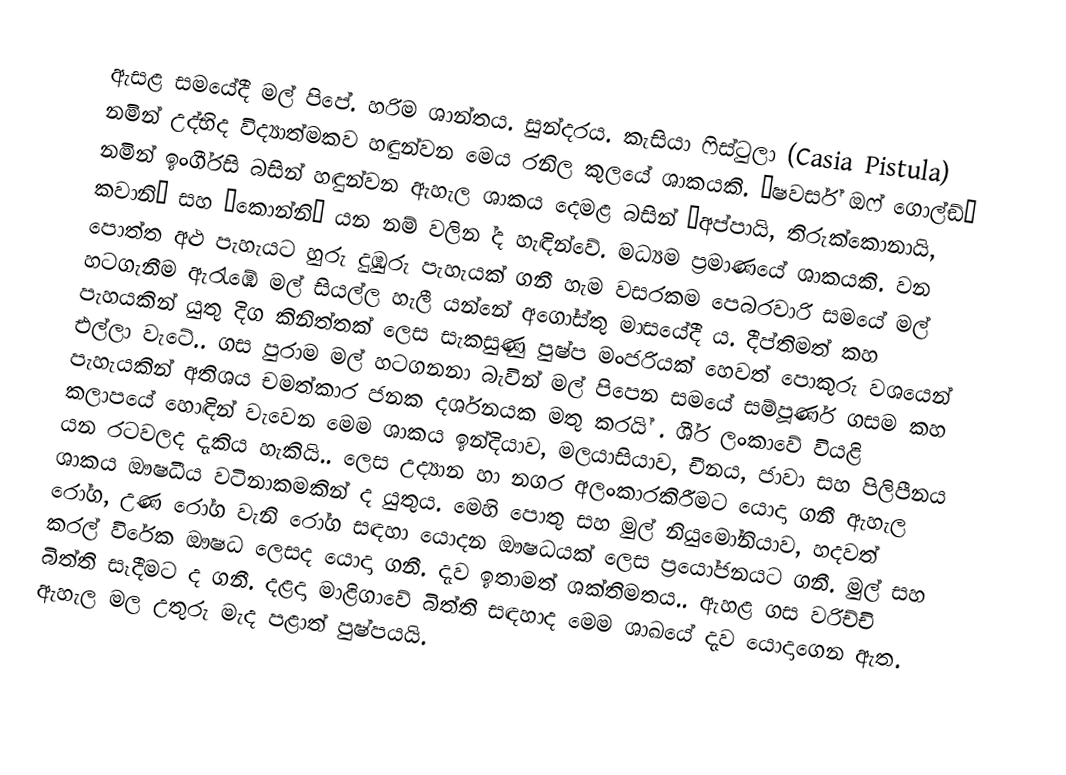
ඇසළ සමයේදී මල් පිපේ. හරිම ශාන්තය. සුන්දරය. කැසියා ෆිස්ටුලා (Casia Pistula) නමින් උද්භිද විද්‍යාත්මකව හඳුන්වන මෙය රනිල කුලයේ ශාකයකි. ’ෂවර්ස් ඔෆ් ගොල්ඞ්’ නමින් ඉංගී‍්‍රසි බසින් හඳුන්වන ඇහැල ශාකය දෙමළ බසින් ’අප්පායි, තිරුක්කොනායි, කවානි’ සහ ’කොන්නි’ යන නම් වලින ්ද හැඳින්වේ. මධ්‍යම ප‍්‍රමාණයේ ශාකයකි. වන  පොත්ත අළු පැහැයට හුරු දුඹුරු පැහැයක් ගනී හැම වසරකම පෙබරවාරි සමයේ මල් හටගැනීම ඇරැඹේ මල් සියල්ල හැලී යන්නේ අගෝස්තු මාසයේදී ය. දීප්තිමත් කහ පැහයකින් යුතු දිග කිනිත්තක් ලෙස සැකසුණු පුෂ්ප මංජරියක් හෙවත් පොකුරු වශයෙන් එල්ලා වැටේ.. ගස පුරාම මල් හටගනනා බැවින් මල් පිපෙන සමයේ සම්පූර්ණ ගසම කහ පැහැයකින් අතිශය චමත්කාර ජනක දර්ශනයක මතු කරයි් . ශී‍්‍ර ලංකාවේ වියළි කලාපයේ හොඳින් වැවෙන මෙම ශාකය ඉන්දියාව, මලයාසියාව, චීනය, ජාවා සහ පිලිපීනය යන රටවලද දැකිය හැකියි.. ලෙස උද්‍යාන හා නගර අලංකාරකිරීමට යොදා ගනී ඇහැල ශාකය ඖෂධීය වටිනාකමකින් ද යුතුය. මෙහි පොතු සහ මුල් නියුමෝනියාව, හදවත් රෝග, උණ රෝග වැනි රෝග සඳහා යොදන ඖෂධයක් ලෙස ප‍්‍රයෝජනයට ගනී. මුල් සහ කරල් විරේක ඖෂධ ලෙසද යොදා ගනී. දැව ඉතාමත් ශක්තිමතය.. ඇහළ ගස වරිච්චි බිත්ති සෑදීමට ද ගනී. දළදා මාළිගාවේ බිත්ති සඳහාද මෙම ශාඛයේ දැව යොදාගෙන ඇත. ඇහැල මල උතුරු මැද පළාත් පුෂ්පයයි.